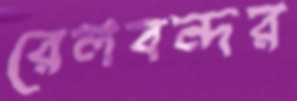
রেলবন্দর